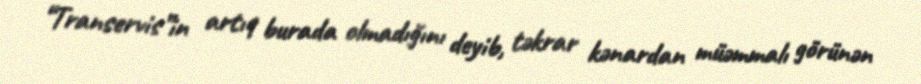
“Transervis”in artıq burada olmadığını deyib, təkrar kənardan müəmmalı görünən